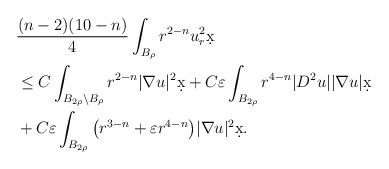
\begin{align*}&\frac{(n-2)(10-n)}{4} \int_{B_{\rho}} r^{2-n} u_r^2 \d x\\& \leq C \int_{B_{2\rho} \setminus B_{\rho}} r^{2-n} |\nabla u|^2 \d x +C \varepsilon \int_{B_{2\rho}} r^{4-n} |D^2 u| |\nabla u| \d x \\& + C \varepsilon \int_{B_{2\rho}} \big( r^{3-n} + \varepsilon r^{4-n}\big) |\nabla u|^2 \d x.\end{align*}